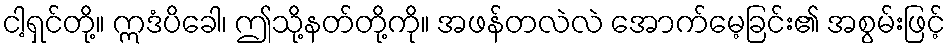
ငါ့ရှင်တို့။ ဣဒံပိခေါ၊ ဤသို့နတ်တို့ကို။ အဖန်တလဲလဲ အောက်မေ့ခြင်း၏ အစွမ်းဖြင့်